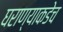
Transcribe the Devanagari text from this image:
घराण्याकडेच